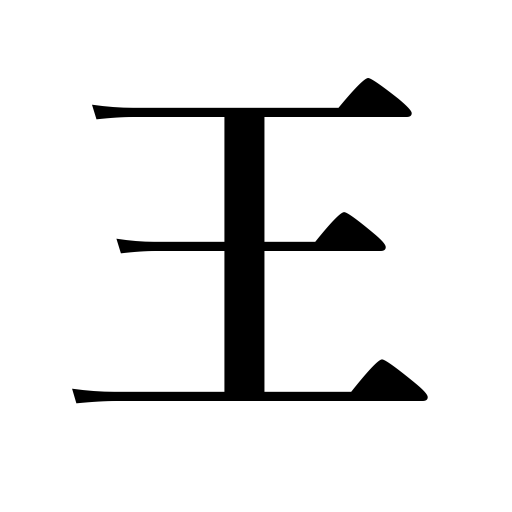
Meanings: king,rule,baron,magnate